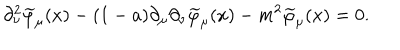
\partial _ { \nu } ^ { 2 } \widetilde { \varphi } _ { \mu } ( x ) - ( 1 - a ) \partial _ { \mu } \partial _ { \nu } \widetilde { \varphi } _ { \mu } ( x ) - m ^ { 2 } \widetilde { \varphi } _ { \mu } ( x ) = 0 .